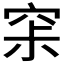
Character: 𰩊